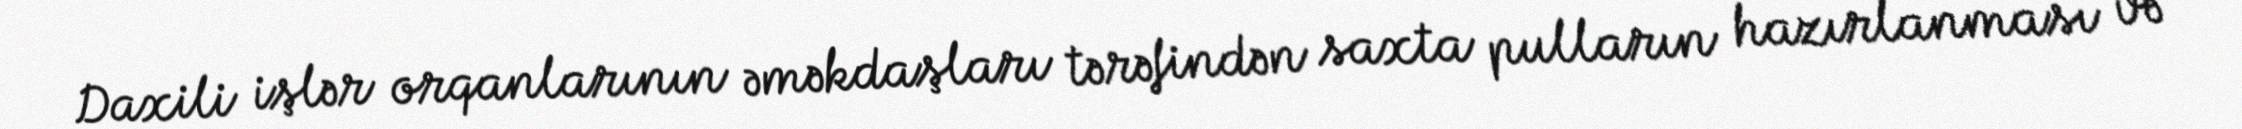
Daxili işlər orqanlarının əməkdaşları tərəfindən saxta pulların hazırlanması və